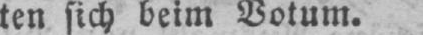
ten sich beim Votum.